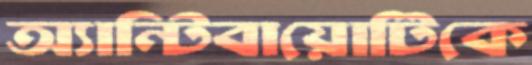
অ্যান্টিবায়োটিকে